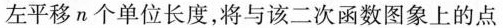
左平移n个单位长度，将与该二次函数图象上的点